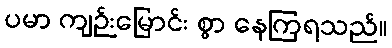
ပမာ ကျဉ်းမြောင်း စွာ နေကြရသည်။